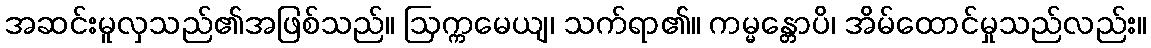
အဆင်းမူလှသည်၏အဖြစ်သည်။ ဩက္ကမေယျ၊ သက်ရာ၏။ ကမ္မန္တောပိ၊ အိမ်ထောင်မှုသည်လည်း။